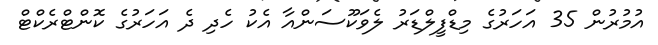
އުމުރުން 35 އަހަރުގެ މިޑްފީލްޑަރު ލެވަކޫސަންއާ އެކު ހެދި ދެ އަހަރުގެ ކޮންޓްރެކްޓް